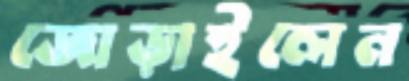
জোড়াইলেন